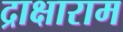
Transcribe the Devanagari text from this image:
द्राक्षाराम